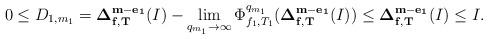
LaTeX: \begin{align*}0\leq D_{1,m_1}= {\bf \Delta_{f,T}^{ m-e_1}}(I)-\lim_{q_{m_1}\to \infty} \Phi_{f_1,T_1}^{q_{m_1}}( {\bf \Delta_{f,T}^{ m-e_1}}(I))\leq {\bf \Delta_{f,T}^{ m-e_1}}(I)\leq I.\end{align*}